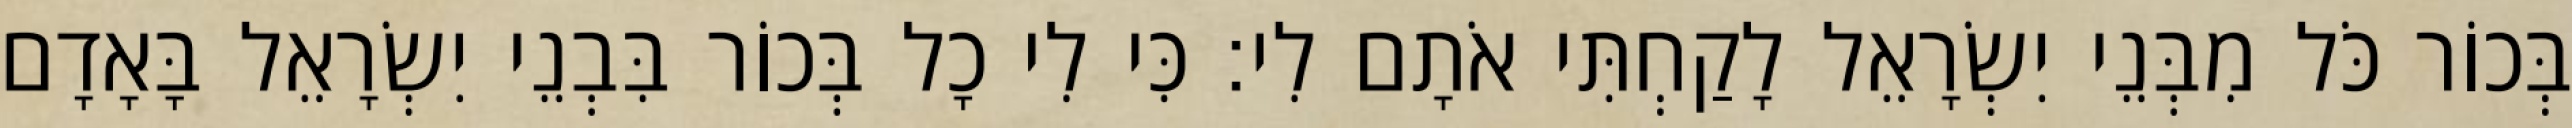
בְּכוֹר כֹּל מִבְּנֵי יִשְׂרָאֵל לָקַחְתִּי אֹתָם לִי׃ כִּי לִי כָל בְּכוֹר בִּבְנֵי יִשְׂרָאֵל בָּאָדָם